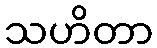
သဟိတာ